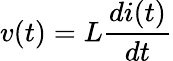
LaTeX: v(t)=L{\frac{di(t)}{dt}}